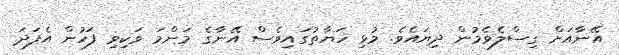
އޭނާއަށް ގިސްލެވެމުން ދިޔައެވެ. މުޅި ހަޔާތުގައިވެސް އޭނާގެ މަންމަ ވަކިވި ފަހުން އެފަދަ